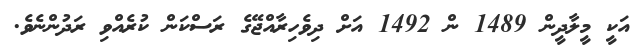
އަކީ މީލާދީން 1489 ން 1492 އަށް ދިވެހިރާއްޖޭގެ ރަސްކަން ކުރެއްވި ރަދުންނެވެ.